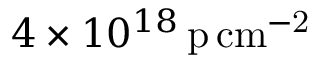
4 \times 1 0 ^ { 1 8 } \, \mathrm { p \, c m ^ { - 2 } }